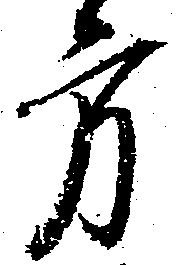
方